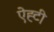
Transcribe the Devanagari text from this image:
ऐह्टी